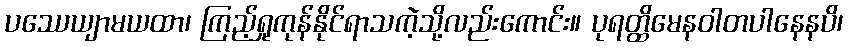
ပဿေယျာမယထာ၊ ကြည့်ရှုကုန်နိုင်ရာသကဲ့သို့လည်းကောင်း။ ပုရတ္ထိမေနဝါတပါနေနပိ၊